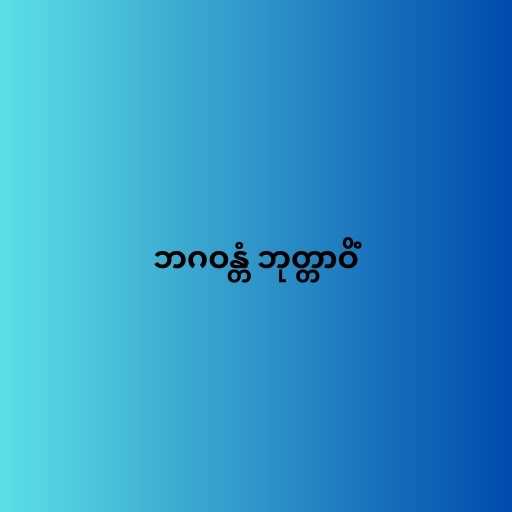
ဘဂဝန္တံ ဘုတ္တာဝိံ